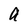
Character: a